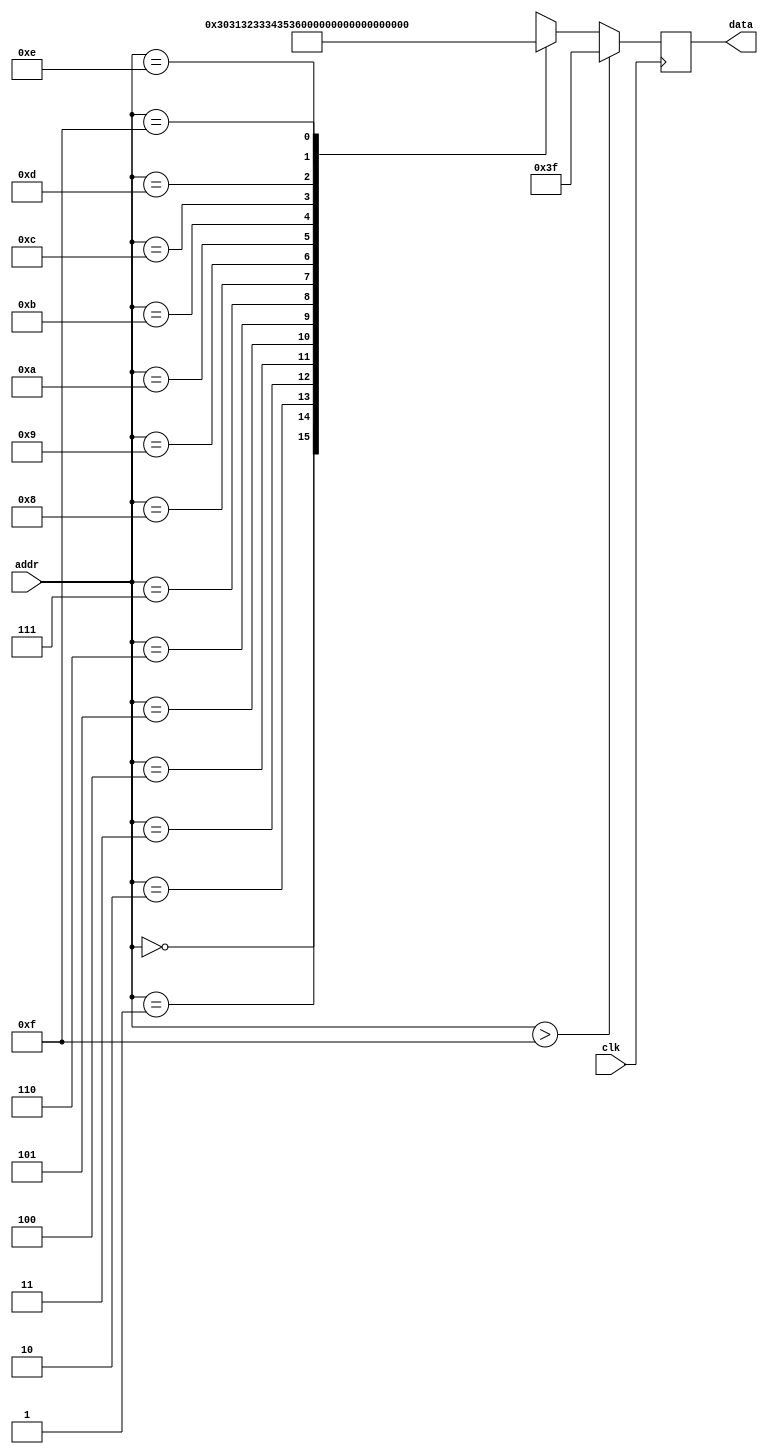
module nibble_rom (
    input clk,
    input [3:0] addr,
    output reg [7:0] data
  );
 
  wire [7:0] rom_data [15:0];
 
  assign rom_data[0] = "0";
  assign rom_data[1] = "1";
  assign rom_data[2] = "2";
  assign rom_data[3] = "3";
  assign rom_data[4] = "4";
  assign rom_data[5] = "5";
  assign rom_data[6] = "6";
  assign rom_data[7] = "7";
  assign rom_data[8] = "8";
  assign rom_data[9] = "9";
  assign rom_data[10] = "A";
  assign rom_data[11] = "B";
  assign rom_data[12] = "C";
  assign rom_data[13] = "D";
  assign rom_data[14] = "E";
  assign rom_data[15] = "F";
 
  reg [7:0] data_d;
 
  always @(*) begin
    if (addr > 4'd15)
      data_d = "?";
    else
      data_d = rom_data[addr];
  end
 
  always @(posedge clk) begin
    data <= data_d;
  end
 
endmodule